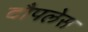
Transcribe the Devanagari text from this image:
टौपलेस